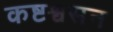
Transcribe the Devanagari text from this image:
कष्टश्वसन